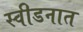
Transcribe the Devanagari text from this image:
स्वीडनात